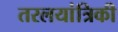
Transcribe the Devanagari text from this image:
तरलयांत्रिकी